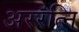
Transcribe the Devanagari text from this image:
अररत्नि